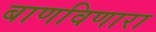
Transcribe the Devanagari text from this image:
बाणविणारा